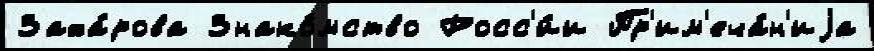
Заха́рова Знако́мство Росс'и́и Пр'им'еча́н'иjа